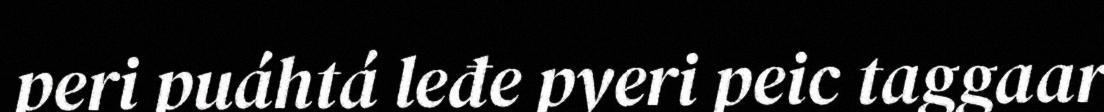
peri puáhtá leđe pyeri peic taggaar